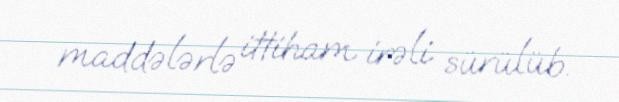
maddələrlə ittiham irəli sürülüb.